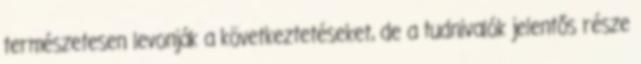
természetesen levonják a következtetéseket, de a tudnivalók jelentős része